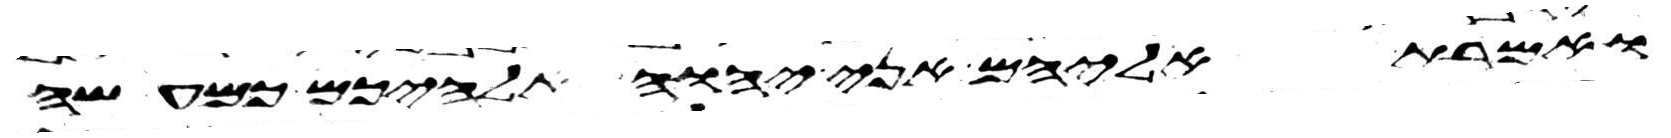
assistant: ואמרת אליהם אני יהוה אלהיכם כמעשה